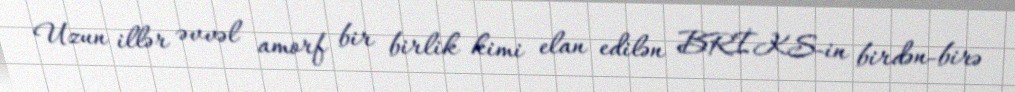
Uzun illər əvvəl amorf bir birlik kimi elan edilən BRİKS-in birdən-birə